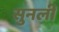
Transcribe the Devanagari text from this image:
सुनली